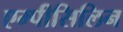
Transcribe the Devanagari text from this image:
एम्पीसिलिन